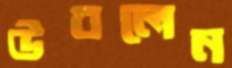
উবলেন